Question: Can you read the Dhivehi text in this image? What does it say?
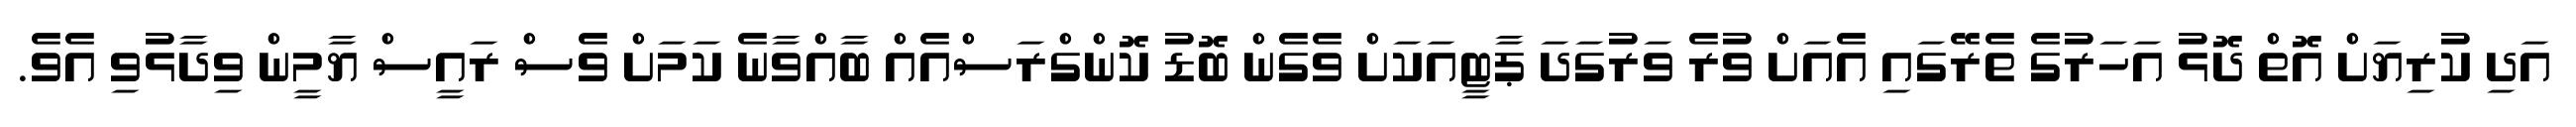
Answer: އަދި ކުރިޔަށް އޮތް ދޮޅު އަހަރުގެ ތެރޭގައި އެއަށް ވުރެ ވަރުގަދަ ޕާޓީއަކަށް ވެގެން ބޮޑު ކޮންގްރަސްއެއް ބާއްވާނެ ކަމަށް ވެސް ރައީސް ޔާމީން ވިދާޅުވި އެވެ.